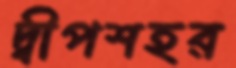
দ্বীপশহর